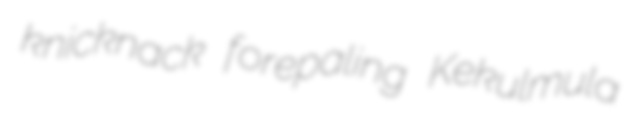
knicknack forepaling Kekulmula